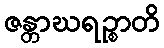
ဇန္တာဃရဉ္စာတိ